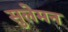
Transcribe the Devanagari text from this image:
सुलेमन